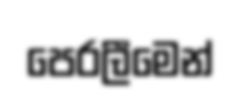
පෙරලීමෙන්